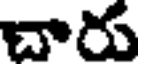
చారు